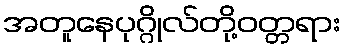
အတူနေပုဂ္ဂိုလ်တို့ဝတ္တရား